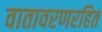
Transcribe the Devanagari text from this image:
वातावरणरहित